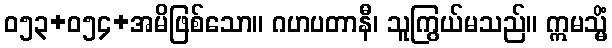
ဝ၅၃+၀၅၄+အမိဖြစ်သော။ ဂဟပတာနီ၊ သူကြွယ်မသည်။ ဣမသ္မိံ